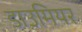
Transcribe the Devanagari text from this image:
डाउमियर